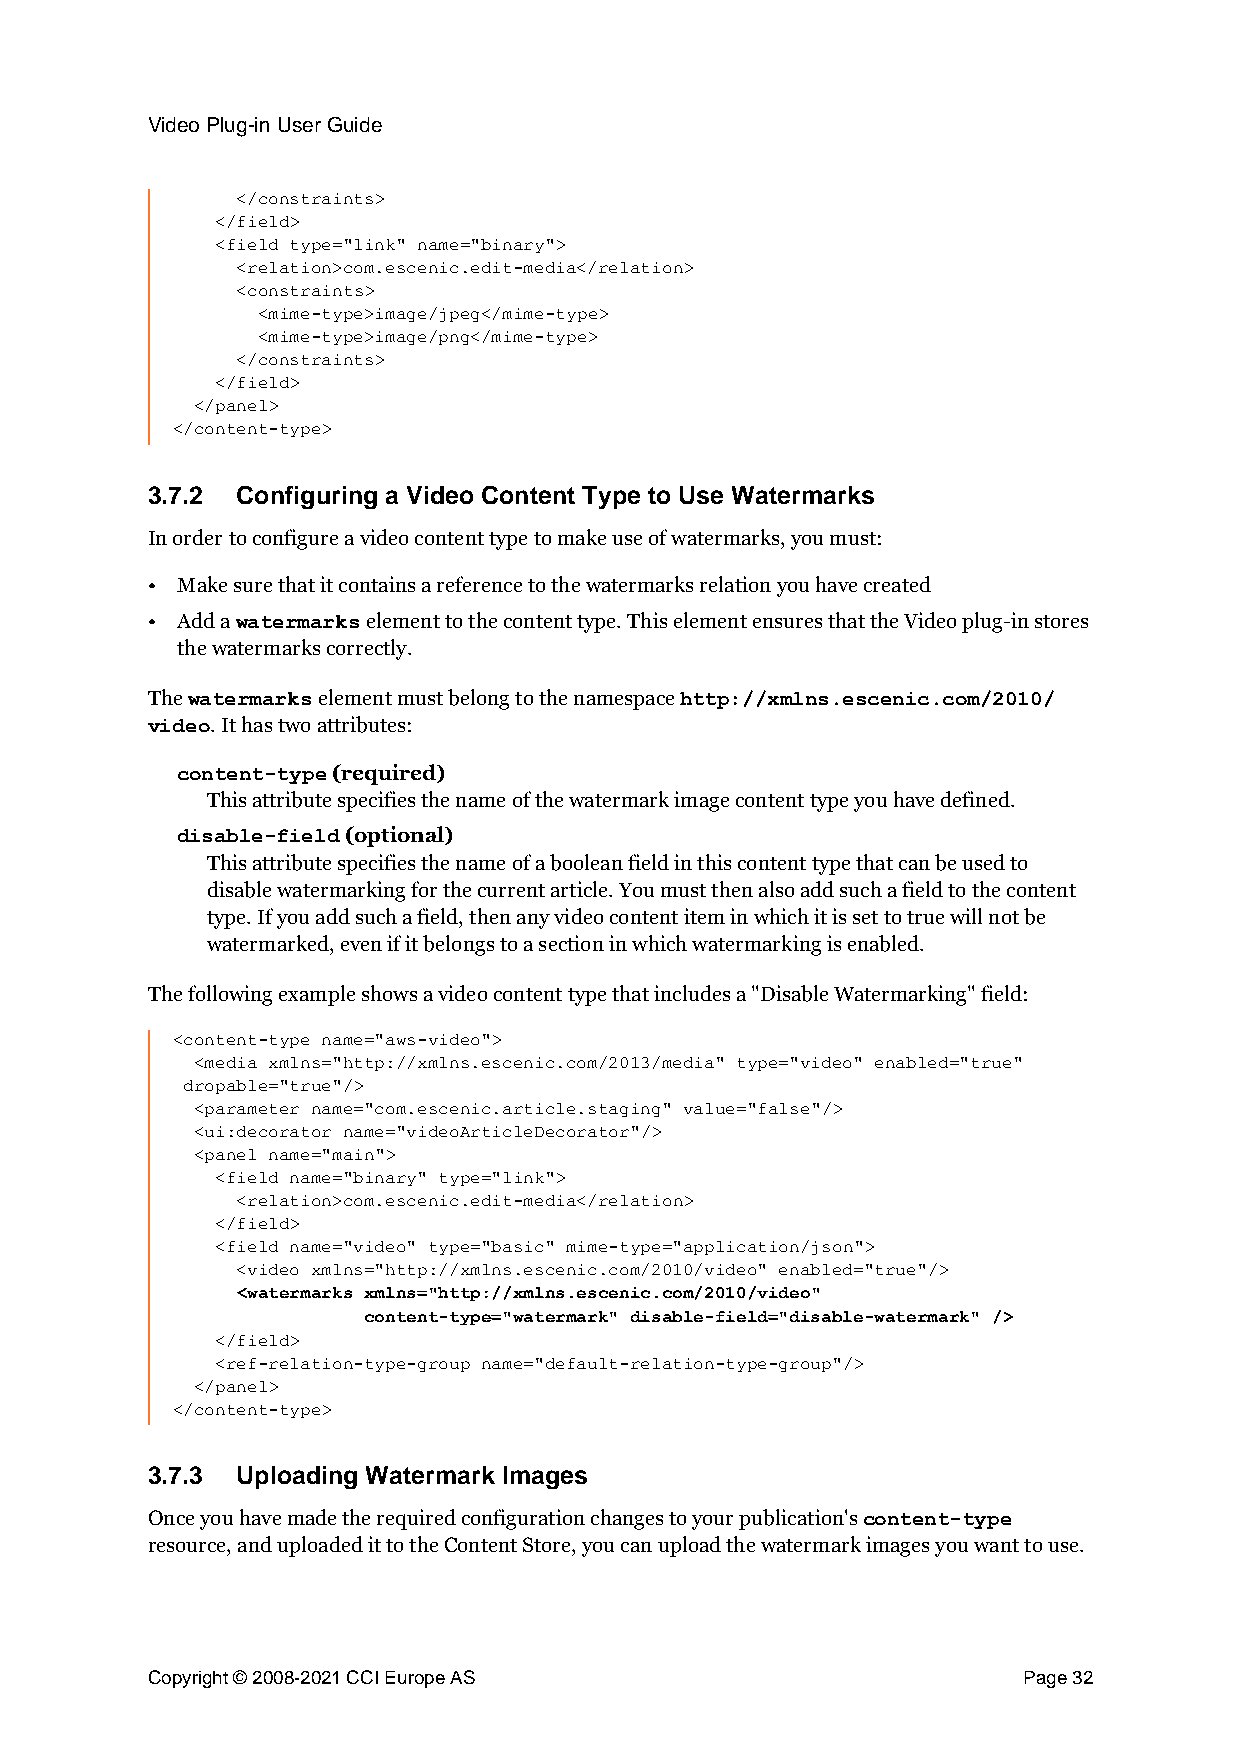
Video Plug-in User Guide
 </constraints>
 </field>
 <field type="link" name="binary">
 <relation>com.escenic.edit-media</relation>
 <constraints>
 <mime-type>image/jpeg</mime-type>
 <mime-type>image/png</mime-type>
 </constraints>
 </field>
 </panel>
 </content-type>
 3.7.2 Configuring a Video Content Type to Use Watermarks
 In order to configure a video content type to make use of watermarks, you must:
 • Make sure that it contains a reference to the watermarks relation you have created
 • Add a       element to the content type. This element ensures that the Video plug-in stores
 watermarks
 the watermarks correctly.
 The        element must belong to the namespace
 watermarks                       http://xmlns.escenic.com/2010/
 . It has two attributes:
 video
 (required)
 content-type
 This attribute specifies the name of the watermark image content type you have defined.
 (optional)
 disable-field
 This attribute specifies the name of a boolean field in this content type that can be used to
 disable watermarking for the current article. You must then also add such a field to the content
 type. If you add such a field, then any video content item in which it is set to true will not be
 watermarked, even if it belongs to a section in which watermarking is enabled.
 The following example shows a video content type that includes a "Disable Watermarking" field:
 <content-type name="aws-video">
 <media xmlns="http://xmlns.escenic.com/2013/media" type="video" enabled="true"
 dropable="true"/>
 <parameter name="com.escenic.article.staging" value="false"/>
 <ui:decorator name="videoArticleDecorator"/>
 <panel name="main">
 <field name="binary" type="link">
 <relation>com.escenic.edit-media</relation>
 </field>
 <field name="video" type="basic" mime-type="application/json">
 <video xmlns="http://xmlns.escenic.com/2010/video" enabled="true"/>
 <watermarks xmlns="http://xmlns.escenic.com/2010/video"
 content-type="watermark" disable-field="disable-watermark" />
 </field>
 <ref-relation-type-group name="default-relation-type-group"/>
 </panel>
 </content-type>
 3.7.3 Uploading Watermark Images
 Once you have made the required configuration changes to your publication's
 content-type
 resource, and uploaded it to the Content Store, you can upload the watermark images you want to use.
 Copyright © 2008-2021 CCI Europe AS                       Page 32